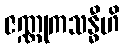
ဇဏ္ဏုကသန္ဓီဟိ